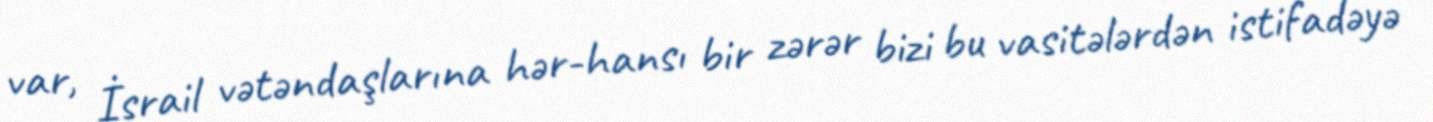
var, İsrail vətəndaşlarına hər-hansı bir zərər bizi bu vasitələrdən istifadəyə